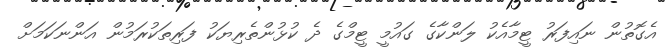
އެގޮތުން ނައިފަރު ޓީމާއެކު ލަންކާގެ ގައުމީ ޓީމްގެ ދެ ކުޅުންތެރިޔަކު ފަރިތަކުރަމުން އަންނަކަމަށް